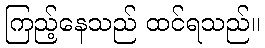
ကြည့်နေသည် ထင်ရသည်။